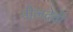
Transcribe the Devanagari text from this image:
नीलदेवी